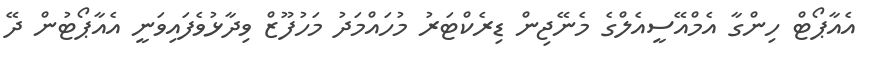
އެއާޕޯޓް ހިންގާ އެމްއޭސީއެލްގެ މެނޭޖިން ޑިރެކްޓަރު މުހައްމަދު މަހުފޫޒް ވިދާޅުވެފައިވަނީ އެއާޕޯޓުން ދޭ